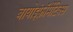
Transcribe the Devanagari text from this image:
बायोइंफ़ॉर्मेटिक्स